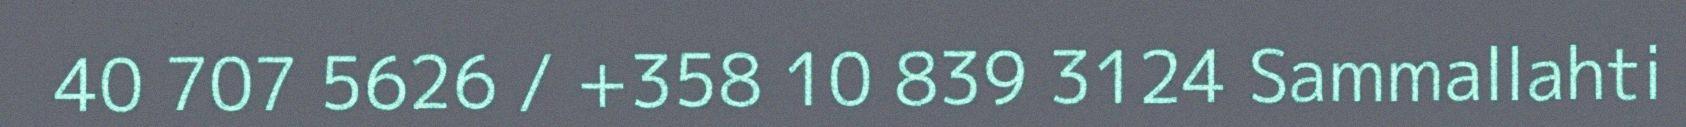
40 707 5626 / +358 10 839 3124 Sammallahti